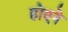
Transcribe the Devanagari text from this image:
होएने